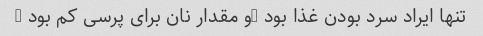
تنها ایراد سرد بودن غذا بود …و مقدار نان برای پرسی کم بود …